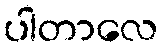
ပါတာလေ